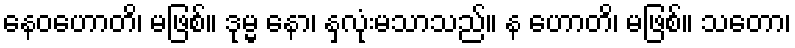
နေဝဟောတိ၊ မဖြစ်။ ဒုမ္မ နော၊ နှလုံးမသာသည်။ န ဟောတိ၊ မဖြစ်။ သတော၊